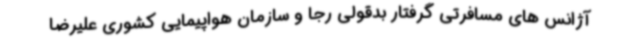
آژانس های مسافرتی گرفتار بدقولی رجا و سازمان هواپیمایی کشوری علیرضا